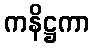
ကနိဋ္ဌကာ